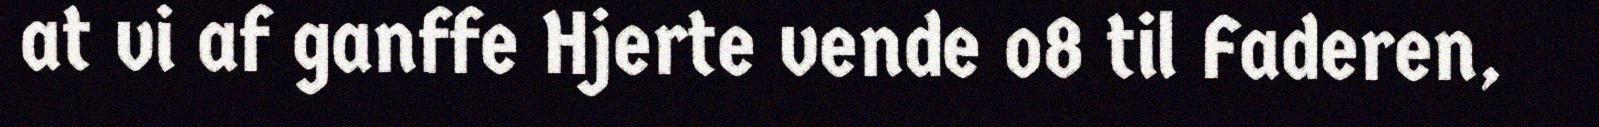
at vi af ganffe Hjerte vende o8 til Faderen,